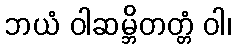
ဘယံ ဝါဆမ္ဘိတတ္တံ ဝါ၊